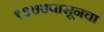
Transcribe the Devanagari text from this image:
१९७७पासूनचा